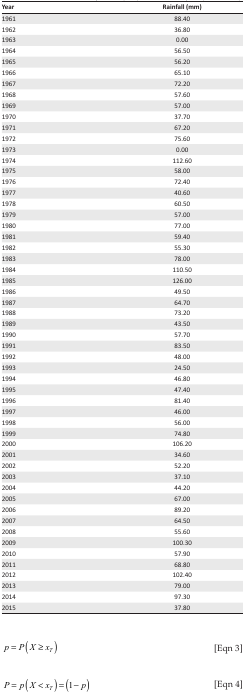
<table><thead><tr><td><b>Year</b></td><td><b>Rainfall (mm)</b></td></tr></thead><tbody><tr><td>1961</td><td>88.40</td></tr><tr><td>1962</td><td>36.80</td></tr><tr><td>1963</td><td>0.00</td></tr><tr><td>1964</td><td>56.50</td></tr><tr><td>1965</td><td>56.20</td></tr><tr><td>1966</td><td>65.10</td></tr><tr><td>1967</td><td>72.20</td></tr><tr><td>1968</td><td>57.60</td></tr><tr><td>1969</td><td>57.00</td></tr><tr><td>1970</td><td>37.70</td></tr><tr><td>1971</td><td>67.20</td></tr><tr><td>1972</td><td>75.60</td></tr><tr><td>1973</td><td>0.00</td></tr><tr><td>1974</td><td>112.60</td></tr><tr><td>1975</td><td>58.00</td></tr><tr><td>1976</td><td>72.40</td></tr><tr><td>1977</td><td>40.60</td></tr><tr><td>1978</td><td>60.50</td></tr><tr><td>1979</td><td>57.00</td></tr><tr><td>1980</td><td>77.00</td></tr><tr><td>1981</td><td>59.40</td></tr><tr><td>1982</td><td>55.30</td></tr><tr><td>1983</td><td>78.00</td></tr><tr><td>1984</td><td>110.50</td></tr><tr><td>1985</td><td>126.00</td></tr><tr><td>1986</td><td>49.50</td></tr><tr><td>1987</td><td>64.70</td></tr><tr><td>1988</td><td>73.20</td></tr><tr><td>1989</td><td>43.50</td></tr><tr><td>1990</td><td>57.70</td></tr><tr><td>1991</td><td>83.50</td></tr><tr><td>1992</td><td>48.00</td></tr><tr><td>1993</td><td>24.50</td></tr><tr><td>1994</td><td>46.80</td></tr><tr><td>1995</td><td>47.40</td></tr><tr><td>1996</td><td>81.40</td></tr><tr><td>1997</td><td>46.00</td></tr><tr><td>1998</td><td>56.00</td></tr><tr><td>1999</td><td>74.80</td></tr><tr><td>2000</td><td>106.20</td></tr><tr><td>2001</td><td>34.60</td></tr><tr><td>2002</td><td>52.20</td></tr><tr><td>2003</td><td>37.10</td></tr><tr><td>2004</td><td>44.20</td></tr><tr><td>2005</td><td>67.00</td></tr><tr><td>2006</td><td>89.20</td></tr><tr><td>2007</td><td>64.50</td></tr><tr><td>2008</td><td>55.60</td></tr><tr><td>2009</td><td>100.30</td></tr><tr><td>2010</td><td>57.90</td></tr><tr><td>2011</td><td>68.80</td></tr><tr><td>2012</td><td>102.40</td></tr><tr><td>2013</td><td>79.00</td></tr><tr><td>2014</td><td>97.30</td></tr><tr><td>2015</td><td>37.80</td></tr></tbody></table>